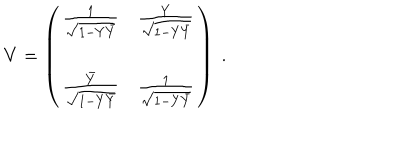
V = \left( \begin{matrix} { { { \frac { 1 } { \sqrt { 1 - Y \bar { Y } } } } } } & { { { \frac { Y } { \sqrt { 1 - Y \bar { Y } } } } } } \\ { { { \frac { \bar { Y } } { \sqrt { 1 - Y \bar { Y } } } } } } & { { { \frac { 1 } { \sqrt { 1 - Y \bar { Y } } } } } } \\ \end{matrix} \right) \ .